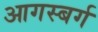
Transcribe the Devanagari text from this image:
आगस्बर्ग